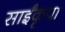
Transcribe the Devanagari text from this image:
साईंकृपा